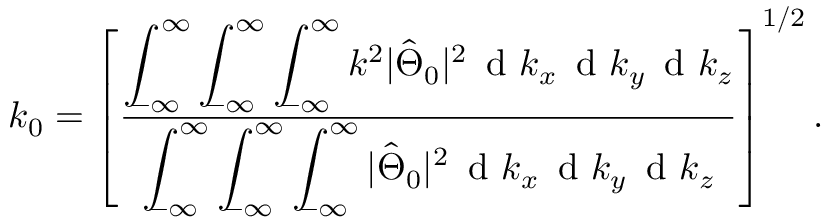
k _ { 0 } = \left[ \frac { \displaystyle \int _ { \! \! - \infty } ^ { \infty } \displaystyle \int _ { \! \! - \infty } ^ { \infty } \displaystyle \int _ { \! \! - \infty } ^ { \infty } k ^ { 2 } | \hat { \Theta } _ { 0 } | ^ { 2 } \, \mathrm { ~ d ~ } k _ { x } \, \mathrm { ~ d ~ } k _ { y } \, \mathrm { ~ d ~ } k _ { z } } { \displaystyle \int _ { \! \! - \infty } ^ { \infty } \displaystyle \int _ { \! \! - \infty } ^ { \infty } \displaystyle \int _ { \! \! - \infty } ^ { \infty } | \hat { \Theta } _ { 0 } | ^ { 2 } \, \mathrm { ~ d ~ } k _ { x } \, \mathrm { ~ d ~ } k _ { y } \, \mathrm { ~ d ~ } k _ { z } } \right] ^ { 1 / 2 } .